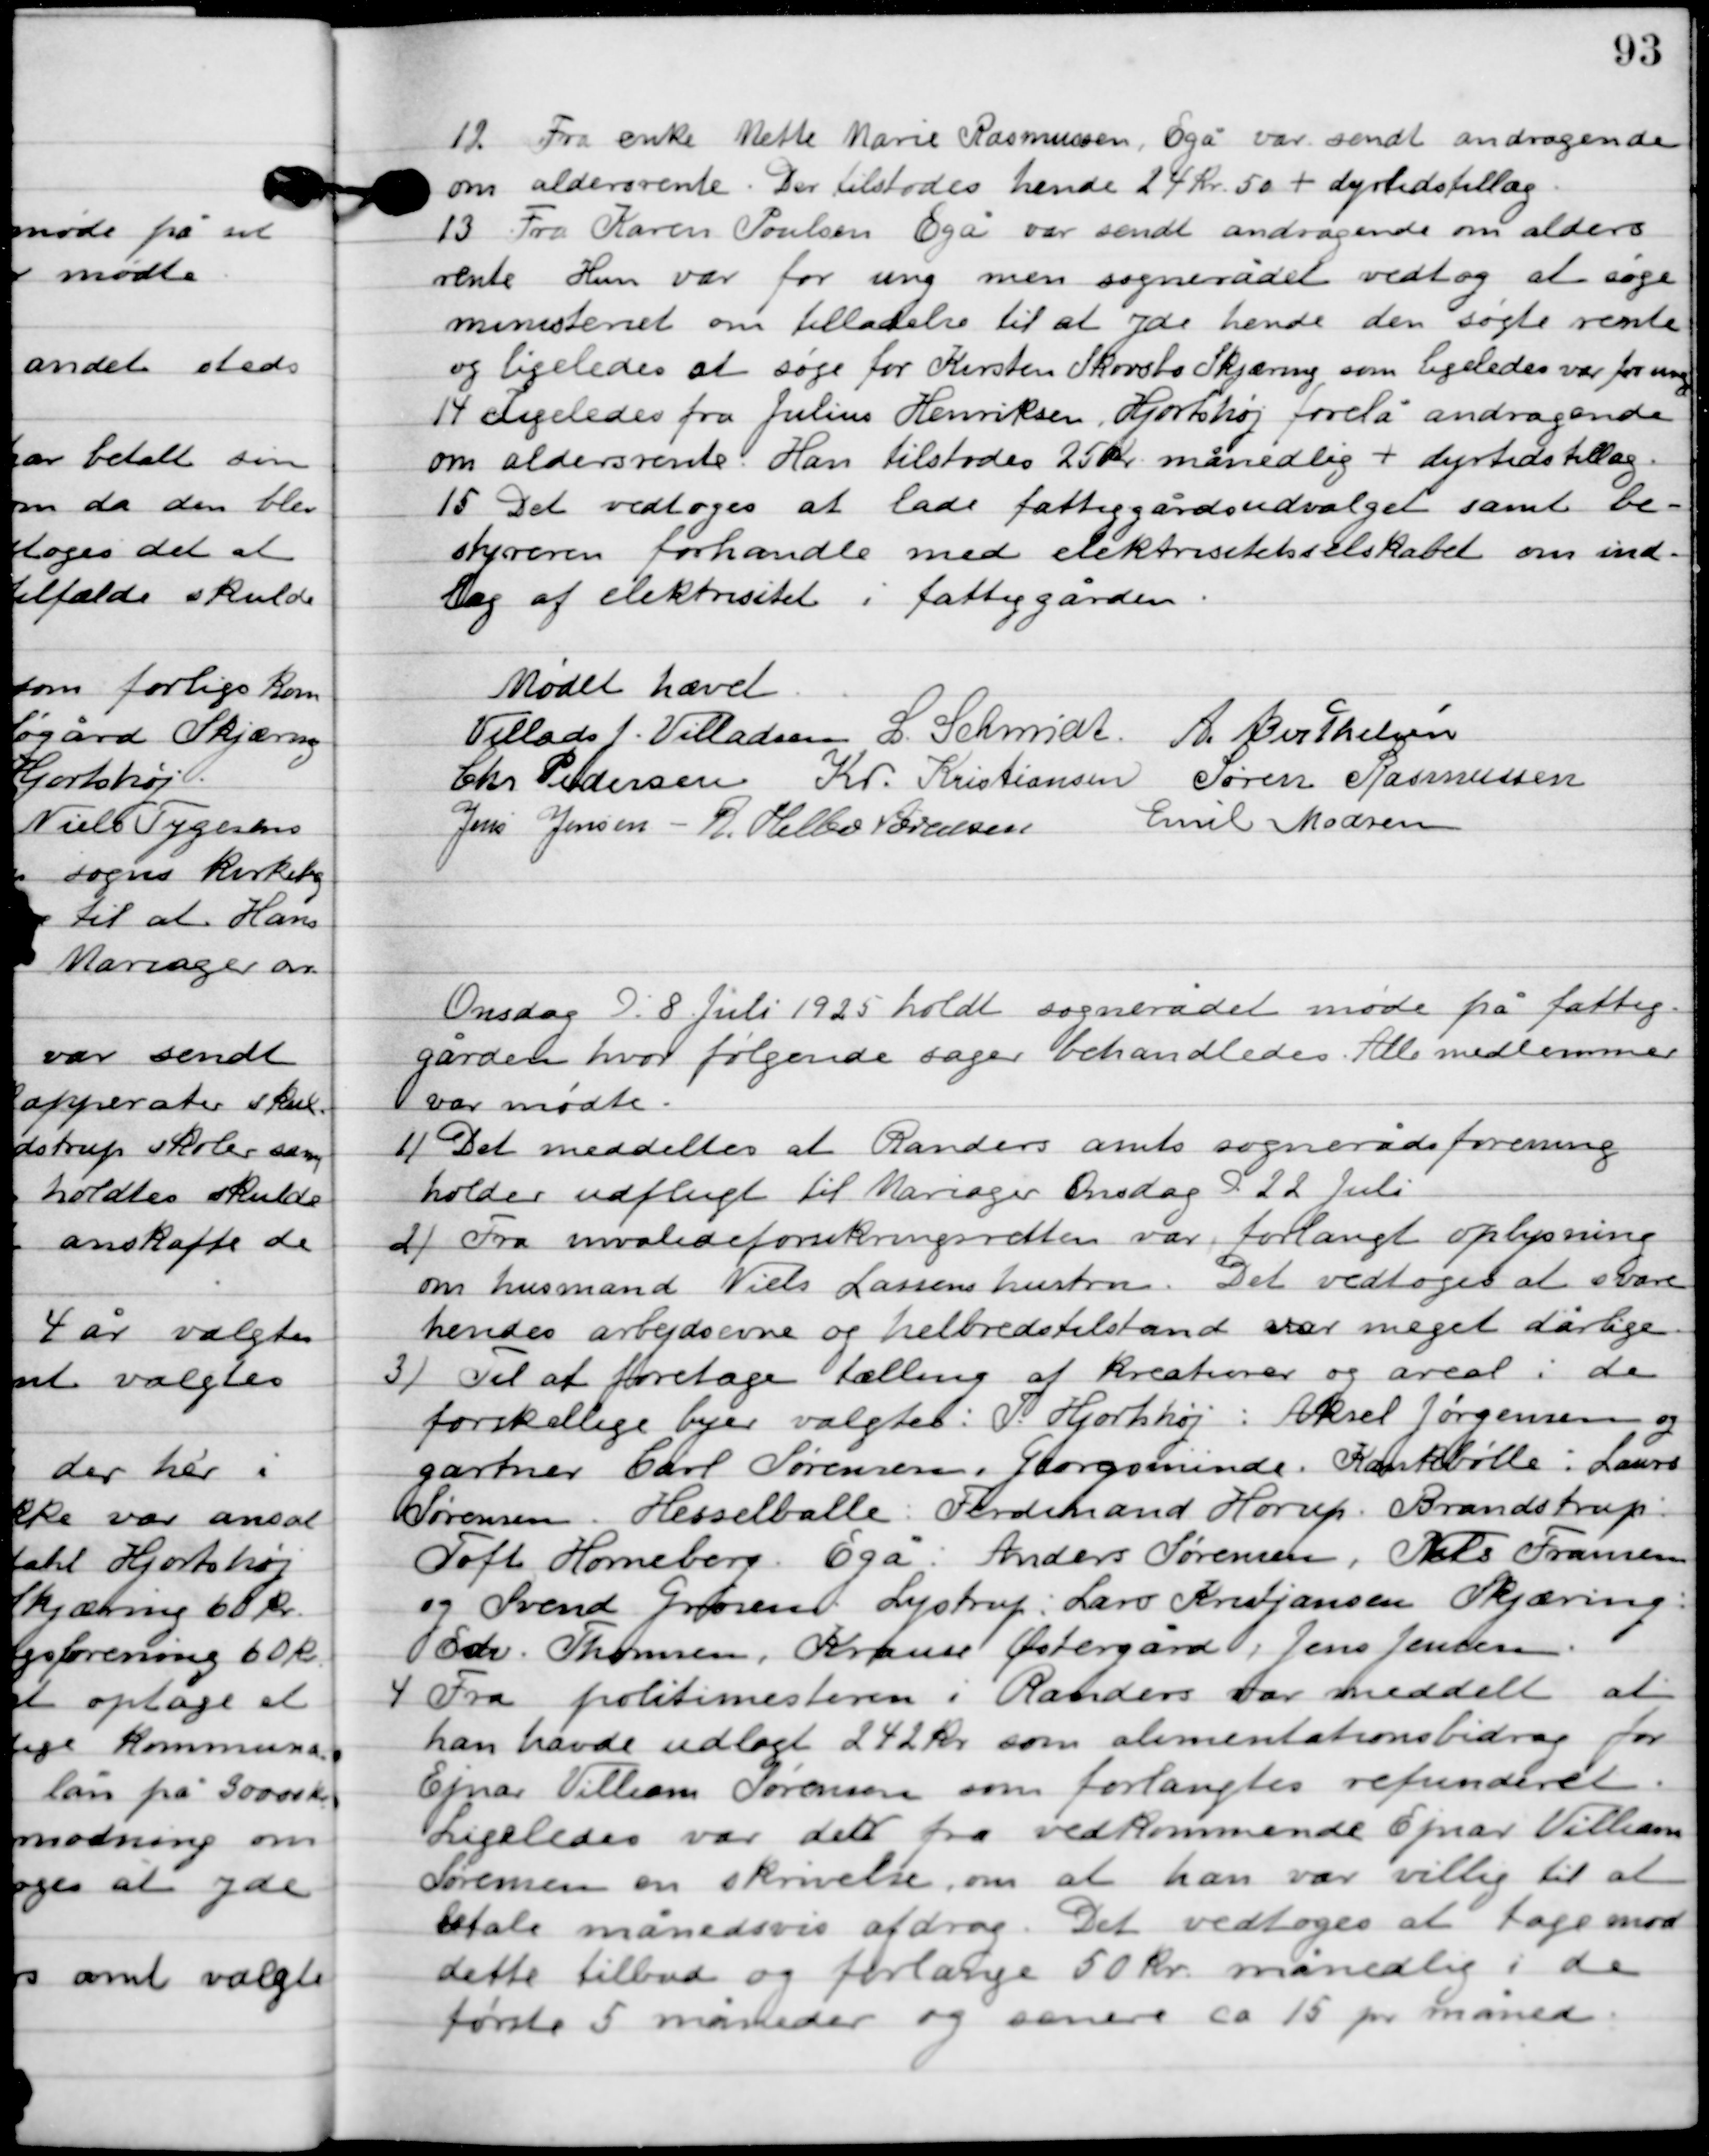
Transskription:
12

Fra enke Mette Marie Rasmussen, Egå var sendt andragende
om aldersrente. Der tilstodes hende 24 kr. 50 + dyrtidstillæg.

13

Fra Karen Poulsen Egå var sendt andragende om alders-
rente. Hun var for ung mens sognerådet vedtog at søge
ministeriet om tilladelse til at yde hende den søgte rente
 og ligeledes at søge for Kirsten Skovsbo Skjæring som ligeledes var for ung.

14

Ligeledes fra Julius Henriksen, Hjortshøj forelå andragende
 om aldersrente. Han tilstodes 25 kr. månelig + dyrtidstillæg.

15

Det vedtoges at lade fattiggårdsudvalget samt be-
styreren forhandle med elektricitetsselskabet om ind-
læg af elektricitet i fattiggården.

Mødet hævet.

Villads J. Villadsen
I. Schmidt
A. Berthelsen
Chr. Pedersen
Kr. Kristiansen
Søren Rasmussen
Jens Jensen
R. Helbo Sørensen
Emil Madsen

Onsdag D. 8. juli 1925 holdt sognerådet møde på fattig-
gården, hvor følgende sager behandledes. Alle medlemmer
var mødte.

1

Det meddeltes at Randers amt sognerådsforening
holder udflugt til Mariager Onsdag D. 22. Juli.

2

Fra invalideforsikringsretten var forlangtes oplysning
om husmand Niels Klassens hustru. Det vedtoges at svare
hendes arbejdsevne og helbredstilstand var meget dårlige.

3

Til at foretage tælling af Kreaturer og areal i de
forskellige byer valgtes: P. Hjortshøj: Aksel Jørgensen og
gartner Carl Sørensen, Georgsminde. Krankbølle: Laurs
Sørensen, Hesselballe: Ferdinand Horup, Brandstrup:
Toft Homeberg, Egå: Anders Sørensen, Niels Frandsen
og Svend Grosen, Lystrup: Lars Kristjansen. Skæring:
Edv. Thomsen, Krause Østergård: Jens Jensen.

4

Fra politimesteren i Randers var meddelt at
han havde udlagt 242 kr. som alimentationsbidrag for
Ejnar Villiam Sørensen som forlangtes refunderet.
Ligeledes var det fra vedkommende Ejnar Villiam
Sørensen en skrivelse, om at han var villig til at
betale månedsvis afdrag. Det vedtoges at tage mod
dette tilbud og forlange 50 kr. månedlig i de
første 5 måneder og senere ca. 15 pr. måned.